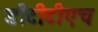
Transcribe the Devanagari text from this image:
डीटीटीएच